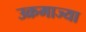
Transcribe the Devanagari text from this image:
उक्रमाज्या